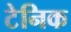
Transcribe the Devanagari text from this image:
टेनिक